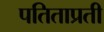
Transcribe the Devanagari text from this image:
पतिताप्रती